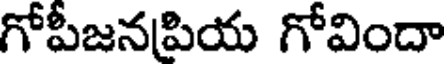
గోపీజనపియ గోవిందా